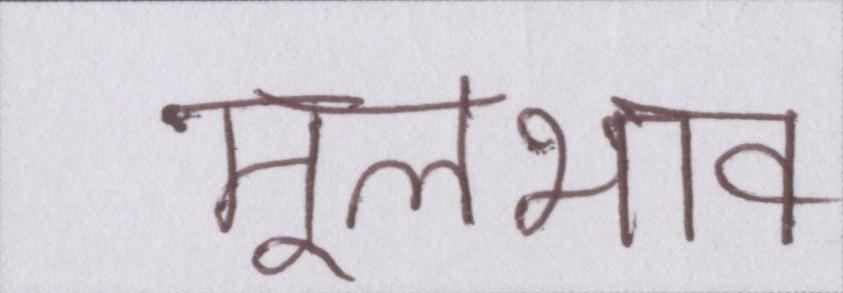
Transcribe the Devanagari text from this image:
मूलभाव